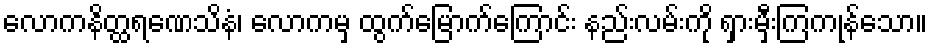
လောကနိတ္ထရဏေသိနံ၊ လောကမှ ထွက်မြောက်ကြောင်း နည်းလမ်းကို ရှားမှီးကြကုန်သော။